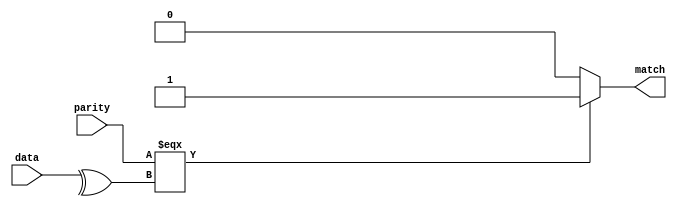
module Parity_Checker(data,parity,match);
input [7:0] data;
input parity;
output match;
assign match = parity === (^data)?1'b1:1'b0;
endmodule